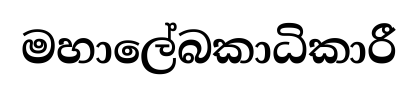
මහාලේබකාධිකාරී